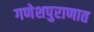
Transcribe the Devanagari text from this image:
गणेशपुराणात